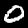
Digit: 0